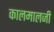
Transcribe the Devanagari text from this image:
कालमालजी